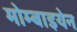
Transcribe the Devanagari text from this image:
मोम्बाइयेन